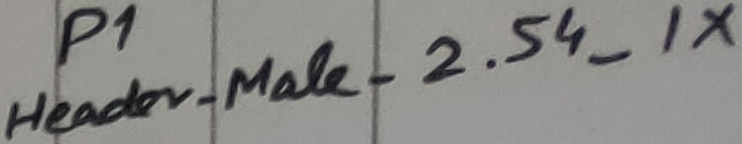
Text: Header-Male-2.54_1X